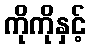
ကိုကိုနှင့်